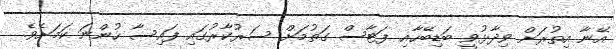
އޭނާ އިތުރަށް ވިދާޅުވީ ބަޑިބޭހާއި ފަޓާސް ގަތުމަށް ސަރުކާރުގައި ފައިސާ ހުންނަ ކަމަށެވެ.